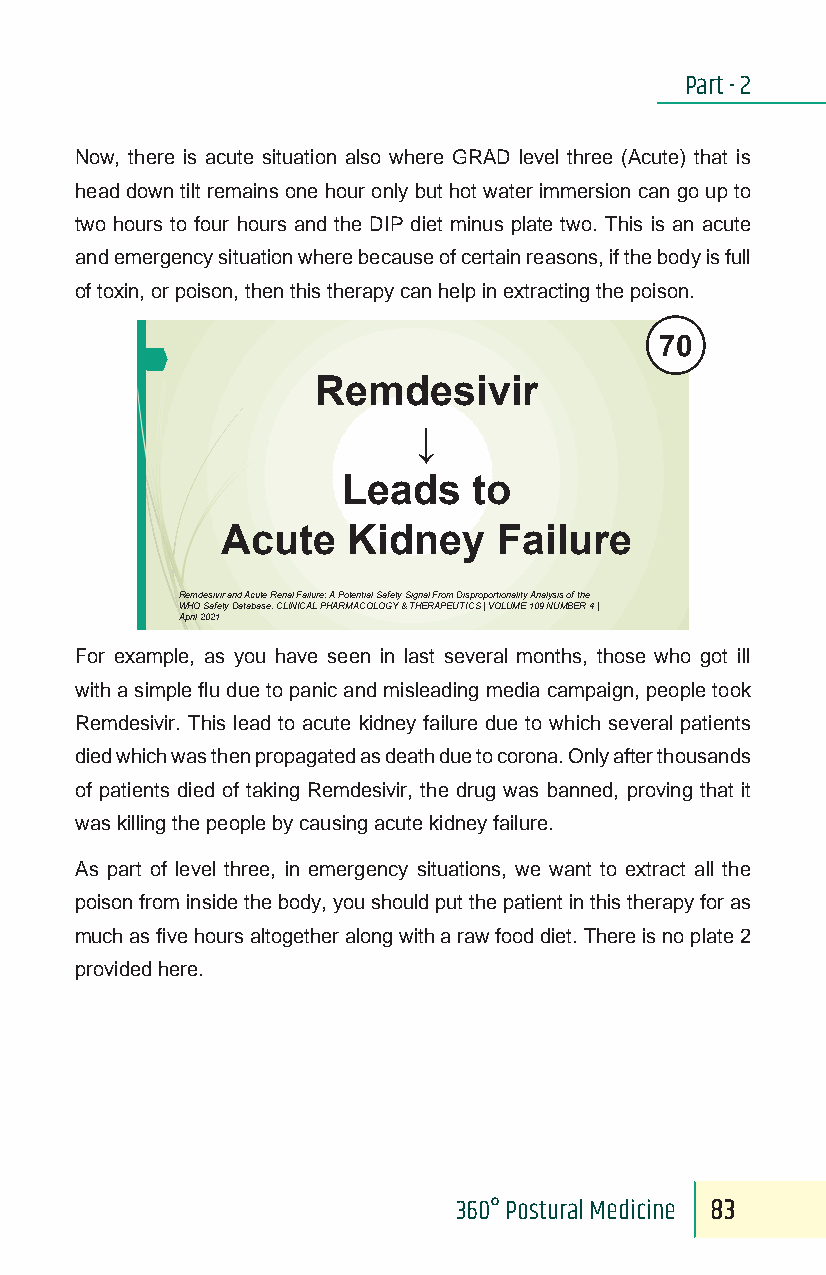
Part - 2
 Now, there is acute situation also where GRAD level three (Acute) that is
 head down tilt remains one hour only but hot water immersion can go up to
 two hours to four hours and the DIP diet minus plate two. This is an acute
 and emergency situation where because of certain reasons, if the body is full
 of toxin, or poison, then this therapy can help in extracting the poison.
 70
 Remdesivir
 ↓
 Leads   to
 Acute   Kidney    Failure
 Remdesivirand Acute Renal Failure: A Potential Safety Signal From Disproportionality Analysis of the
 WHO Safety Database. CLINICAL PHARMACOLOGY & THERAPEUTICS | VOLUME 109 NUMBER 4 |
 April 2021
 For example, as you have seen in last several months, those who got ill
 with a simple flu due to panic and misleading media campaign, people took
 Remdesivir. This lead to acute kidney failure due to which several patients
 died which was then propagated as death due to corona. Only after thousands
 of patients died of taking Remdesivir, the drug was banned, proving that it
 was killing the people by causing acute kidney failure.
 As part of level three, in emergency situations, we want to extract all the
 poison from inside the body, you should put the patient in this therapy for as
 much as five hours altogether along with a raw food diet. There is no plate 2
 provided here.
 360° Postural Medicine 83